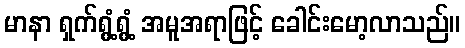
မာနာ ရှက်ရွံ့ရွံ့ အမူအရာဖြင့် ခေါင်းမော့လာသည်။